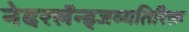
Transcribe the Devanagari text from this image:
नेदरलॅन्ड्जव्यतिरिक्त